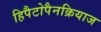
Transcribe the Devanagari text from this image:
हिपैटोपैनक्रियाज